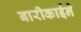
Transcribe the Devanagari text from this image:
बारीकाईने